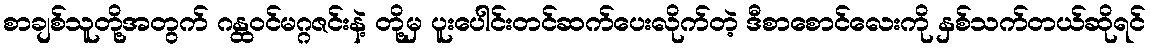
စာချစ်သူတို့အတွက် ဂန္ထဝင်မဂ္ဂဇင်းနဲ့ တို့မှ ပူးပေါင်းတင်ဆက်ပေးလိုက်တဲ့ ဒီစာစောင်လေးကို နှစ်သက်တယ်ဆိုရင်